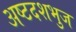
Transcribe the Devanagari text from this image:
अष्टदशभुज